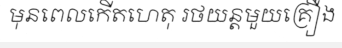
មុនពេលកើតហេតុ រថយន្តមួយគ្រឿង